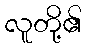
လူတို့၏